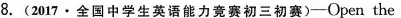
8.(2017·全国中学生英语能力竟赛初三初赛)——Open the